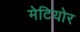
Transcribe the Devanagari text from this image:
मेटियोर